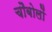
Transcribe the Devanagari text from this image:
चौबोलों